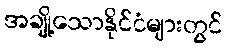
အချို့သောနိုင်ငံများတွင်